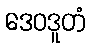
ဒေဝဒူတံ